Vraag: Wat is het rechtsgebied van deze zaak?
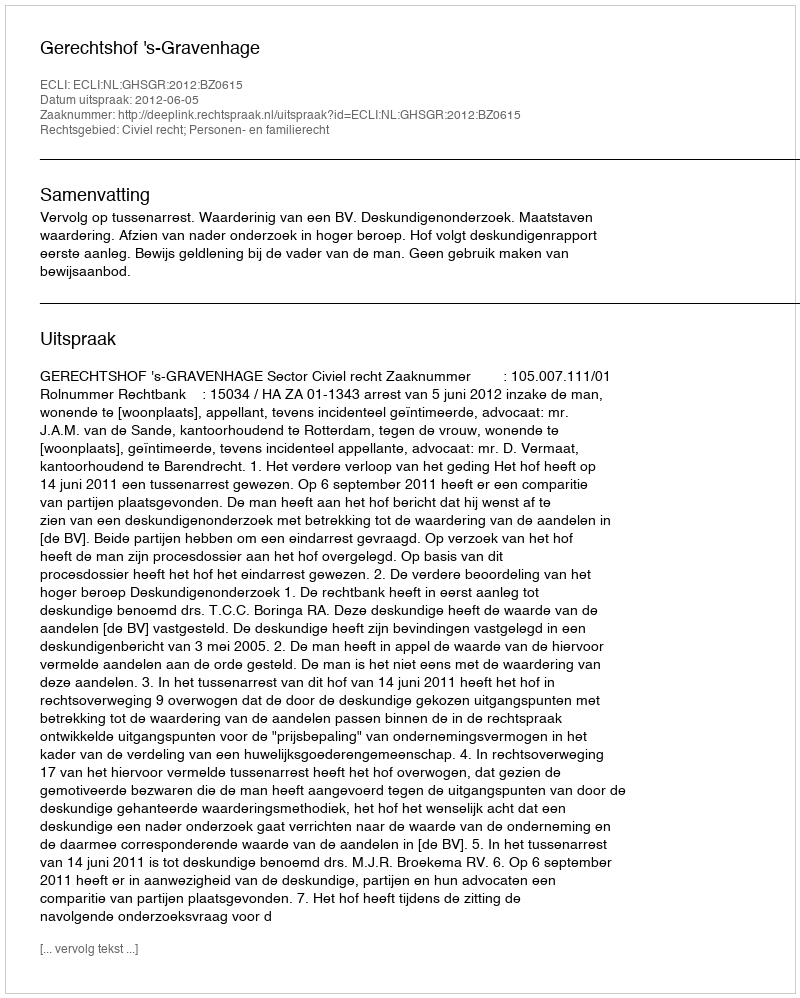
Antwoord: Civiel recht; Personen- en familierecht